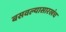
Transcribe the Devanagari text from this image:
बसवल्यासारखंच